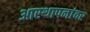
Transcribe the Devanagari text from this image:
आस्‍थापनांवर